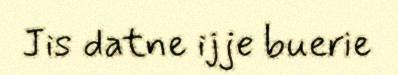
Jis datne ijje buerie